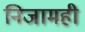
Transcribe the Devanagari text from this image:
निजामही